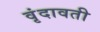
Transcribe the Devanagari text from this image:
वृंदावती